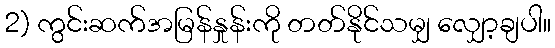
2) ကွင်းဆက်အမြန်နှုန်းကို တတ်နိုင်သမျှ လျှော့ချပါ။